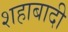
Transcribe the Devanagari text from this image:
शहाबादी